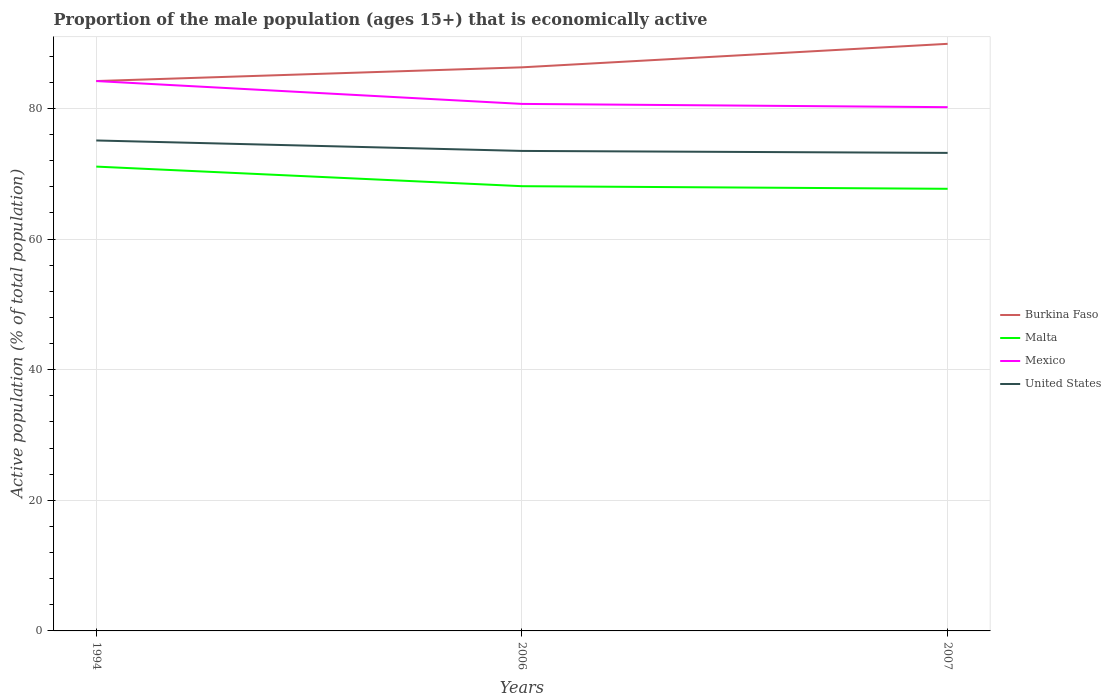
| Years | Burkina Faso | Malta | Mexico | United States |
 | --- | --- | --- | --- | --- |
 | 1994 | 84.2 | 71.1 | 84.2 | 75.1 |
 | 2006 | 86.3 | 68.1 | 80.7 | 73.5 |
 | 2007 | 89.9 | 67.7 | 80.2 | 73.2 |